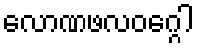
လောဏဖလဝဂ္ဂေါ